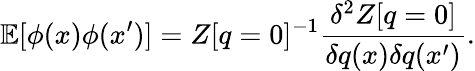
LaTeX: \mathbb{E}[\phi(x)\phi(x^{\prime})]=Z[q=0]^{-1}\frac{\delta^{2}Z[q=0]}{\delta q(x)\delta q(x^{\prime})}.